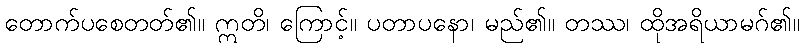
တောက်ပစေတတ်၏။ ဣတိ၊ ကြောင့်။ ပတာပနော၊ မည်၏။ တဿ၊ ထိုအရိယာမဂ်၏။